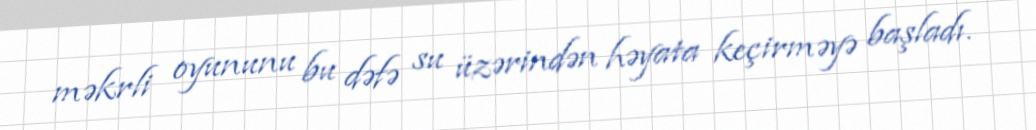
məkrli oyununu bu dəfə su üzərindən həyata keçirməyə başladı.